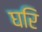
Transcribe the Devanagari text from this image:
घरि